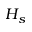
H _ { s }